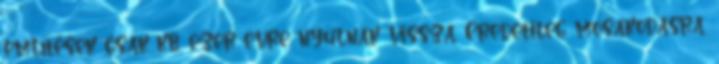
említések csak kb. ezer évre nyúlnak vissza. Eredetileg mosakodásra,